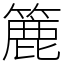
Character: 簏